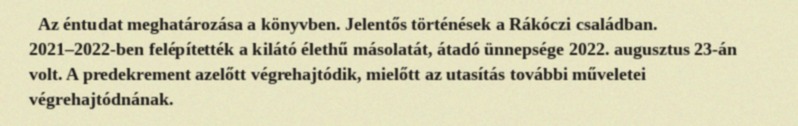
Az éntudat meghatározása a könyvben. Jelentős történések a Rákóczi családban. 2021–2022-ben felépítették a kilátó élethű másolatát, átadó ünnepsége 2022. augusztus 23-án volt. A predekrement azelőtt végrehajtódik, mielőtt az utasítás további műveletei végrehajtódnának.